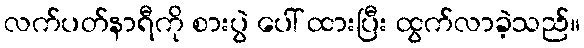
လက်ပတ်နာရီကို စားပွဲ ပေါ် ထားပြီး ထွက်လာခဲ့သည်။